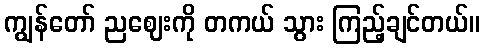
ကျွန်တော် ညဈေးကို တကယ် သွား ကြည့်ချင်တယ်။